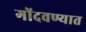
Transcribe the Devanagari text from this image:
गोंदवण्यात